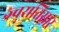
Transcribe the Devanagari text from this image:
ज्वरातिसार